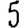
Digit: 5